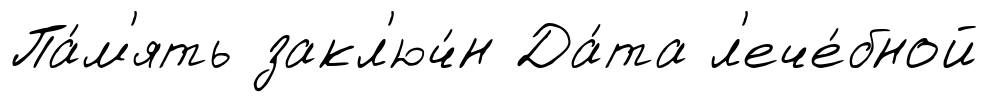
Па́м'ять закл'юч́н Да́та л'ече́бной